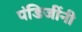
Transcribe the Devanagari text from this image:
पंडिजींनी